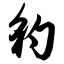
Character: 豹